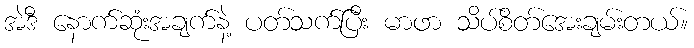
အဲဒီ နောက်ဆုံးအချက်နဲ့ ပတ်သက်ပြီး မာဖာ သိပ်စိတ်အေးချမ်းတယ်။